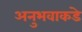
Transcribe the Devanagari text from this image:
अनुभवाकडे